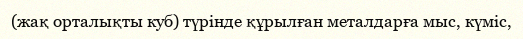
(жақ орталықты куб) түрінде құрылған металдарға мыс, күміс,